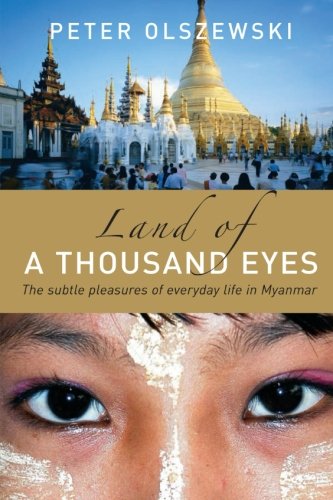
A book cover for Land of a Thousand Eyes: The Subtle Pleasures of Everyday Life in Myanmar; Peter Olszewski; Travel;